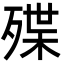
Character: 殜